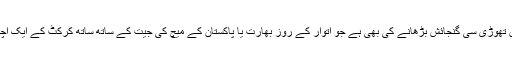
ضرورت حب الوطنی کے ان رنگوں کے ساتھ ساتھ اپنے انداز میں شائستگی برقرار رکھنے اور دلوں میں تھوڑی سی گنجائش بڑھانے کی بھی ہے جو اتوار کے روز بھارت یا پاکستان کے میچ کی جیت کے ساتھ ساتھ کرکٹ کے ایک اچھے کھیل کی بھی تمنا کرے اور جیتنے والی ٹیم کو اس کی محنت کے پورے نمبر بھی دینے پر آمادہ ہو۔